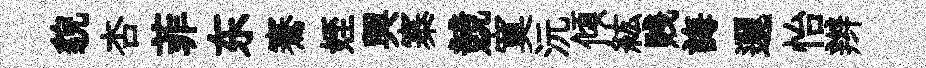
貌杏菲东騫姪興寨競寞沅傾紘贱誨邐怡辫